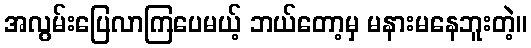
အလွမ်းပြေလာကြပေမယ့် ဘယ်တော့မှ မနားမနေဘူးတဲ့။